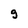
Character: g